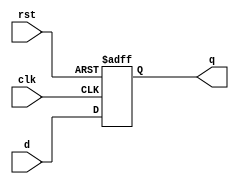
module d_ff_sync_reset (
  input wire clk,
  input wire rst,
  input wire d,
  output reg q
);

always @(posedge clk or posedge rst) begin
  if (rst) begin
    q <= 1'b0; // Reset the output to low
  end else begin
    q <= d; // Update the output with the input data
  end
end

endmodule